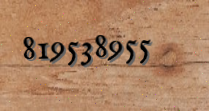
819538955